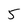
Character: 5